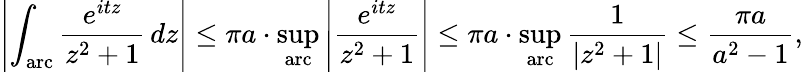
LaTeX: \left|\int_{\mathrm{arc}}{\frac{e^{itz}}{z^{2}+1}}\, dz\right|\leq\pi a\cdot\operatorname*{sup}_{\mathrm{arc}}\left|{\frac{e^{itz}}{z^{2}+1}}\right|\leq\pi a\cdot\operatorname*{sup}_{\mathrm{arc}}{\frac{1}{|z^{2}+1|}}\leq{\frac{\pi a}{a^{2}-1}},